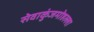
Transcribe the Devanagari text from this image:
सेवाकुंजमोहल्ला